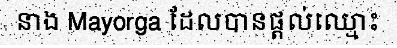
នាង Mayorga ដែលបានផ្តល់ឈ្មោះ